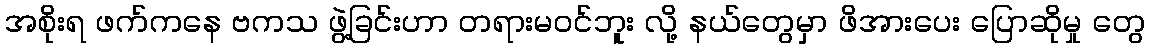
အစိုးရ ဖက်ကနေ ဗကသ ဖွဲ့ခြင်းဟာ တရားမဝင်ဘူး လို့ နယ်တွေမှာ ဖိအားပေး ပြောဆိုမှု တွေ